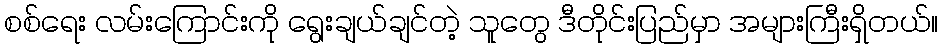
စစ်ရေး လမ်းကြောင်းကို ရွေးချယ်ချင်တဲ့ သူတွေ ဒီတိုင်းပြည်မှာ အများကြီးရှိတယ်။